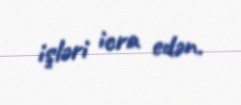
işləri icra edən.